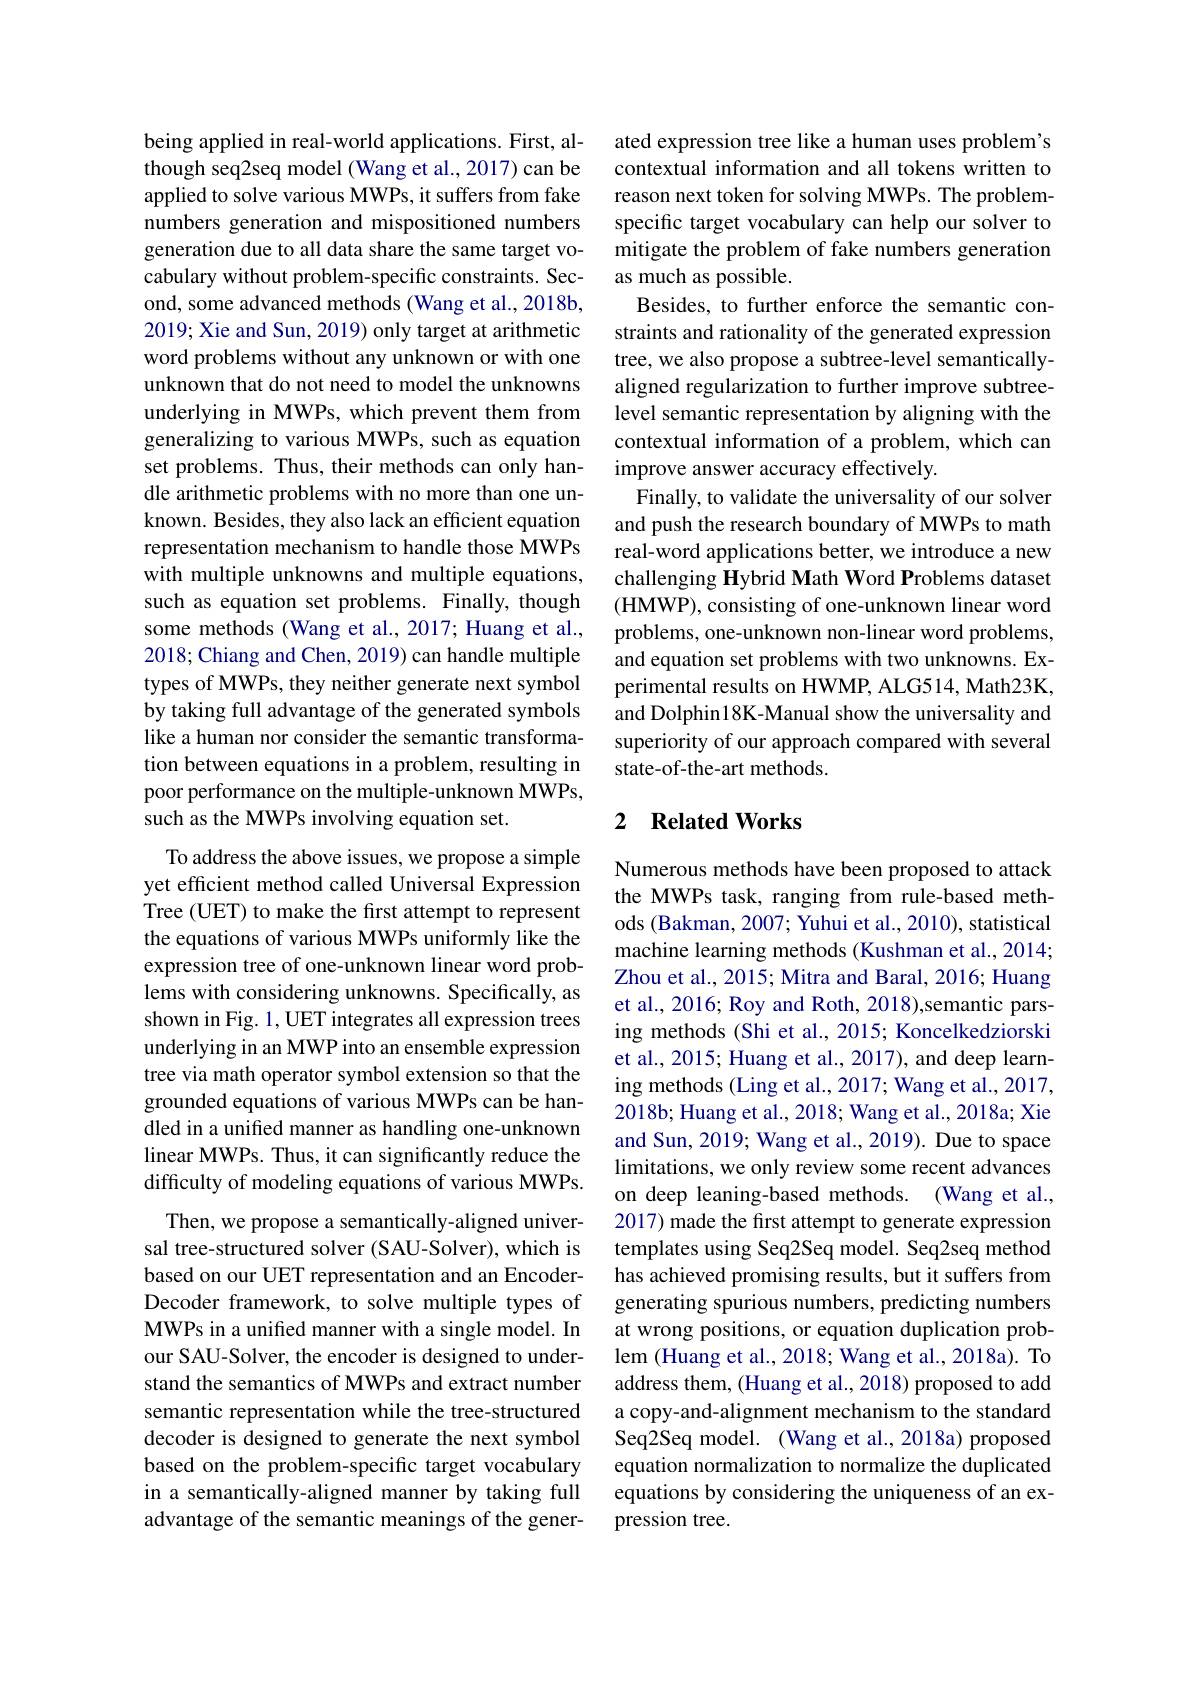
being applied in real-world applications. First, although seq2seq model (Wang et al., 2017) can be applied to solve various MWPs, it suffers from fake numbers generation and mispositioned numbers generation due to all data share the same target vocabulary without problem-specific constraints. Second, some advanced methods (Wang et al., 2018b, 2019; Xie and Sun, 2019) only target at arithmetic word problems without any unknown or with one unknown that do not need to model the unknowns underlying in MWPs, which prevent them from generalizing to various MWPs, such as equation set problems. Thus, their methods can only handle arithmetic problems with no more than one unknown. Besides, they also lack an efficient equation representation mechanism to handle those MWPs with multiple unknowns and multiple equations, such as equation set problems. Finally, though some methods (Wang et al., 2017; Huang et al., 2018; Chiang and Chen, 2019) can handle multiple types of MWPs, they neither generate next symbol by taking full advantage of the generated symbols like a human nor consider the semantic transformation between equations in a problem, resulting in poor performance on the multiple-unknown MWPs, such as the MWPs involving equation set.
To address the above issues, we propose a simple

yet efficient method called Universal Expression Tree (UET) to make the first attempt to represent the equations of various MWPs uniformly like the expression tree of one-unknown linear word problems with considering unknowns. Specifically, as shown in Fig. 1, UET integrates all expression trees underlying in an MWP into an ensemble expression tree via math operator symbol extension so that the grounded equations of various MWPs can be handled in a unifed manner as handling one-unknown linear MWPs. Thus, it can significantly reduce the difficulty of modeling equations of various MWPs.
Then, we propose a semantically-aligned universal tree-structured solver (SAU-Solver), which is based on our UET representation and an EncoderDecoder framework, to solve multiple types of MWPs in a unified manner with a single model. In our SAU-Solver, the encoder is designed to understand the semantics of MWPs and extract number semantic representation while the tree-structured decoder is designed to generate the next symbol based on the problem-specific target vocabulary in a semantically-aligned manner by taking full advantage of the semantic meanings of the gener-

ated expression tree like a human uses problem's contextual information and all tokens written to reason next token for solving MWPs. The problemspecific target vocabulary can help our solver to mitigate the problem of fake numbers generation as much as possible.
Besides, to further enforce the semantic constraints and rationality of the generated expression tree, we also propose a subtree-level semanticallyaligned regularization to further improve subtreelevel semantic representation by aligning with the contextual information of a problem, which can improve answer accuracy effectively.
Finally, to validate the universality of our solver and push the research boundary of MWPs to math real-word applications better, we introduce a new challenging Hybrid Math Word Problems dataset (HMWP), consisting of one-unknown linear word problems, one-unknown non-linear word problems, and equation set problems with two unknowns. Experimental results on HWMP, ALG514, Math23K, and Dolphin18K-Manual show the universality and superiority of our approach compared with several state-of-the-art methods.

### 2 $\textbf{Related Works}$

Numerous methods have been proposed to attack the MWPs task, ranging from rule-based methods (Bakman, 2007; Yuhui et al., 2010), statistical machine learning methods (Kushman et al., 2014; Zhou et al., 2015; Mitra and Baral, 2016; Huang et al., 2016; Roy and Roth, 2018),semantic parsing methods (Shi et al., 2015; Koncelkedziorski et al., 2015; Huang et al., 2017), and deep learning methods (Ling et al., 2017; Wang et al., 2017, 2018b; Huang et al., 2018; Wang et al., 2018a; Xie and Sun, 2019; Wang et al., 2019). Due to space limitations, we only review some recent advances on deep leaning-based methods. (Wang et al., 2017) made the first attempt to generate expression templates using Seq2Seq model. Seq2seq method has achieved promising results, but it suffers from generating spurious numbers, predicting numbers at wrong positions, or equation duplication problem (Huang et al., 2018; Wang et al., 2018a). To address them, (Huang et al., 2018) proposed to add a copy-and-alignment mechanism to the standard Seq2Seq model. (Wang et al.,2018a) proposed equation normalization to normalize the duplicated equations by considering the uniqueness of an expression tree.